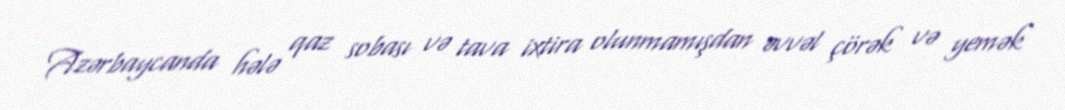
Azərbaycanda hələ qaz sobası və tava ixtira olunmamışdan əvvəl çörək və yemək